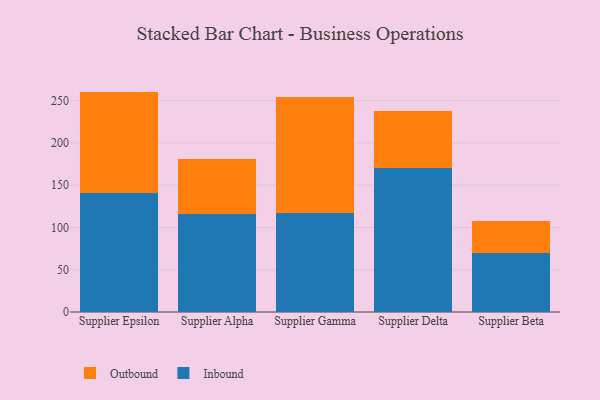
{"axis": {"x": "Supplier", "y": "Customer Acquisition Cost (USD)"}, "legend": ["Inbound", "Outbound"], "data": [{"x": "Supplier Epsilon", "y": 140.9, "type": "Inbound"}, {"x": "Supplier Epsilon", "y": 119.8, "type": "Outbound"}, {"x": "Supplier Alpha", "y": 116.4, "type": "Inbound"}, {"x": "Supplier Alpha", "y": 64.8, "type": "Outbound"}, {"x": "Supplier Gamma", "y": 116.9, "type": "Inbound"}, {"x": "Supplier Gamma", "y": 137.3, "type": "Outbound"}, {"x": "Supplier Delta", "y": 170.4, "type": "Inbound"}, {"x": "Supplier Delta", "y": 67.6, "type": "Outbound"}, {"x": "Supplier Beta", "y": 70.3, "type": "Inbound"}, {"x": "Supplier Beta", "y": 37.5, "type": "Outbound"}]}